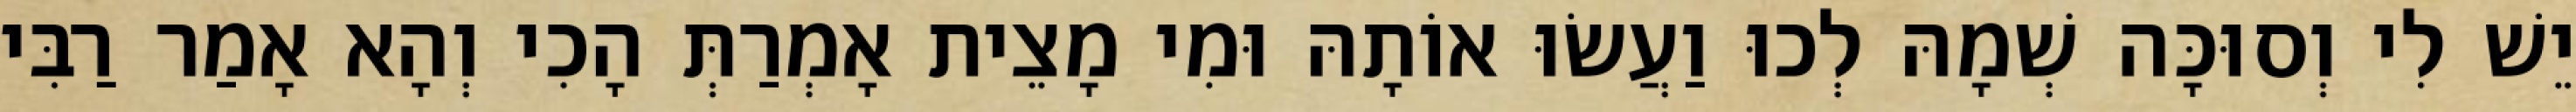
יֵשׁ לִי וְסוּכָּה שְׁמָהּ לְכוּ וַעֲשׂוּ אוֹתָהּ וּמִי מָצֵית אָמְרַתְּ הָכִי וְהָא אָמַר רַבִּי